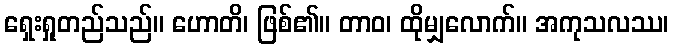
ရှေးရှုတည်သည်။ ဟောတိ၊ ဖြစ်၏။ တာဝ၊ ထိုမျှလောက်။ အကုသလဿ၊